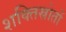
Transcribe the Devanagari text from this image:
शक्तिस्रोतों